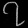
Digit: ၇